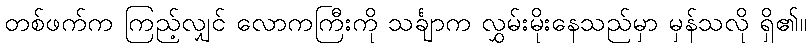
တစ်ဖက်က ကြည့်လျှင် လောကကြီးကို သင်္ချာက လွှမ်းမိုးနေသည်မှာ မှန်သလို ရှိ၏။